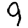
Digit: 9